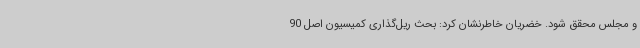
و مجلس محقق شود. خضریان خاطرنشان کرد: بحث ریل‌گذاری کمیسیون اصل 90